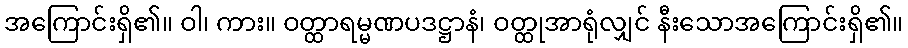
အကြောင်းရှိ၏။ ဝါ၊ ကား။ ဝတ္ထာရမ္မဏပဒဋ္ဌာနံ၊ ဝတ္ထုအာရုံလျှင် နီးသောအကြောင်းရှိ၏။